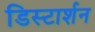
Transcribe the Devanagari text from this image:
डिस्टार्शन